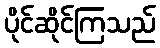
ပိုင်ဆိုင်ကြသည်